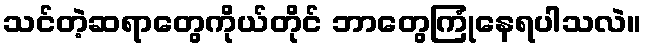
သင်တဲ့ဆရာတွေကိုယ်တိုင် ဘာတွေကြုံနေရပါသလဲ။